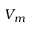
V _ { m }